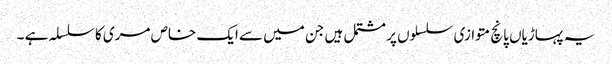
یہ پہاڑیاں پانچ متوازی سلسلوں پر مشتمل ہیں جن میں سے ایک خاص مری کا سلسلہ ہے ۔